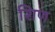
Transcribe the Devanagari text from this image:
शिण